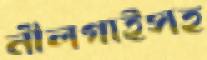
নীলগাইসহ